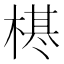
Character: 𣗠